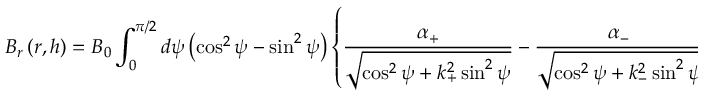
B _ { r } \left( r , h \right) = B _ { 0 } \int _ { 0 } ^ { \pi / 2 } d \psi \left( \cos ^ { 2 } \psi - \sin ^ { 2 } \psi \right) \left\{ \frac { \alpha _ { + } } { \sqrt { \cos ^ { 2 } \psi + k _ { + } ^ { 2 } \sin ^ { 2 } \psi } } - \frac { \alpha _ { - } } { \sqrt { \cos ^ { 2 } \psi + k _ { - } ^ { 2 } \sin ^ { 2 } \psi } } \right\}